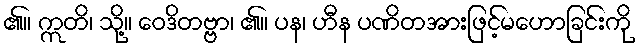
၏။ ဣတိ၊ သို့။ ဝေဒိတဗ္ဗာ၊ ၏။ ပန၊ ဟီန ပဏိတအားဖြင့်မဟောခြင်းကို